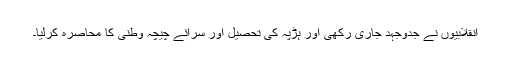
انقلابیوں نے جدوجہد جاری رکھی اور ہڑپہ کی تحصیل اور سرائے چیچہ وطنی کا محاصرہ کرلیا۔